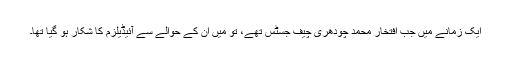
ایک زمانے میں جب افتخار محمد چودھری چیف جسٹس تھے، تو مَیں اُن کے حوالے سے آئیڈیلزم کا شکار ہو گیا تھا۔